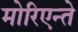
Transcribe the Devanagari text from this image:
मोरिएन्ते